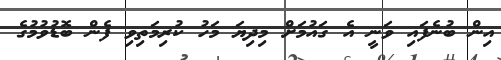
އިން ބުނެފައި ވަނީ އެ ގައުމަށް މިދިޔަ މަހު ކުރިމަތިވި ފެން ބޮޑުވުމުގެ